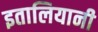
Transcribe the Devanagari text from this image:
इतालियानी